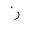
Letter: _zay